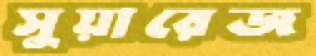
সুয়ারেজ